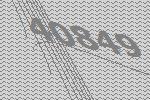
40849